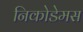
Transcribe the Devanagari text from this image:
निकोडेमस